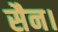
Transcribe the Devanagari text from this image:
सैन।